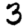
Digit: 3